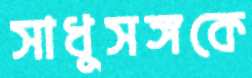
সাধুসঙ্গকে